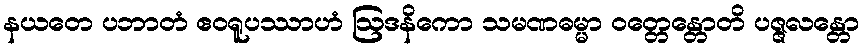
နယတေ ပဘာတံ ဧဝရူပဿာဟံ ဩဒနိကော သမဏဓမ္မာ ဝတ္တေန္တောတိ ပဇ္ဇလန္တော